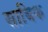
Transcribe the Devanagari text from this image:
साबिक